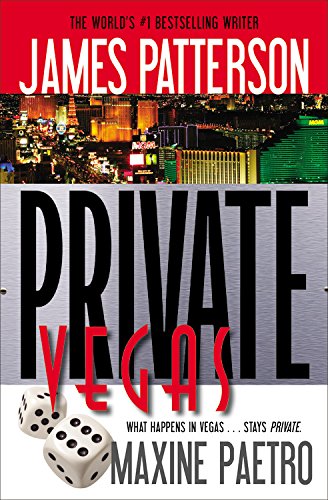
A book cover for Private Vegas; James Patterson; Mystery, Thriller & Suspense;